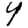
Digit: 4